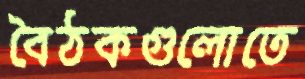
বৈঠকগুলোতে